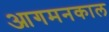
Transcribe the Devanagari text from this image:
आगमनकाल